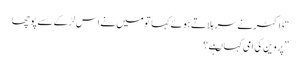
“ ڈاکٹر نے سر ہلاتے ہوئے کہا تو میں نے اس لڑکے سے پوچھا
”پروین کی امی کہاںہے ؟